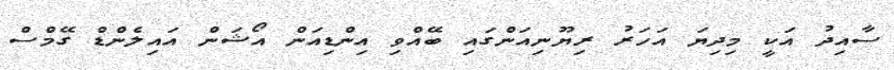
ސާއިދު އަކީ މިދިޔަ އަހަރު ރިޔޫނިއަންގައި ބޭއްވި އިންޑިއަން އޯޝަން އައިލެންޑް ގޭމްސް